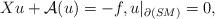
LaTeX: \begin{align*}Xu + \mathcal{A}(u) = -f , u|_{\partial(SM)} = 0,\end{align*}